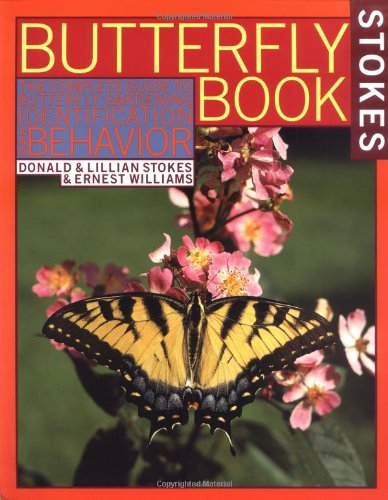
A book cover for Stokes Butterfly Book : The Complete Guide to Butterfly Gardening, Identification, and Behavior; Donald Stokes; Sports & Outdoors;